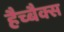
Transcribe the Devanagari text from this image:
हैच्बैक्स